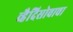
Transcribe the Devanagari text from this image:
व्हैदिसोवाचा